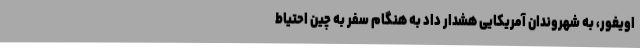
اویغور، به شهروندان آمریکایی هشدار داد به هنگام سفر به چین احتیاط